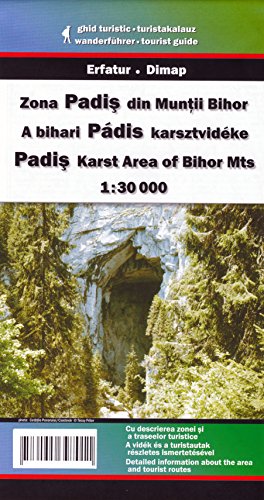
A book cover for Padis Karst (Romania) 1:30,000 Hiking Map DIMAP; Dimap; Travel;